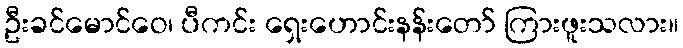
ဦးခင်မောင်ဝေ၊ ပီကင်း ရှေးဟောင်းနန်းတော် ကြားဖူးသလား။